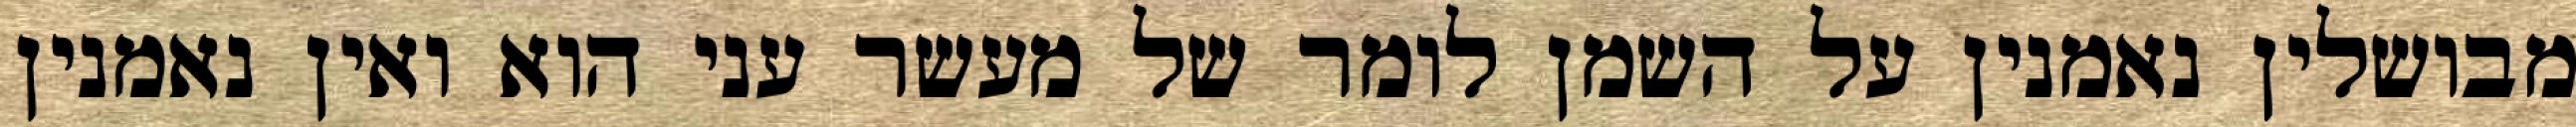
מבושלין נאמנין על השמן לומר של מעשר עני הוא ואין נאמנין